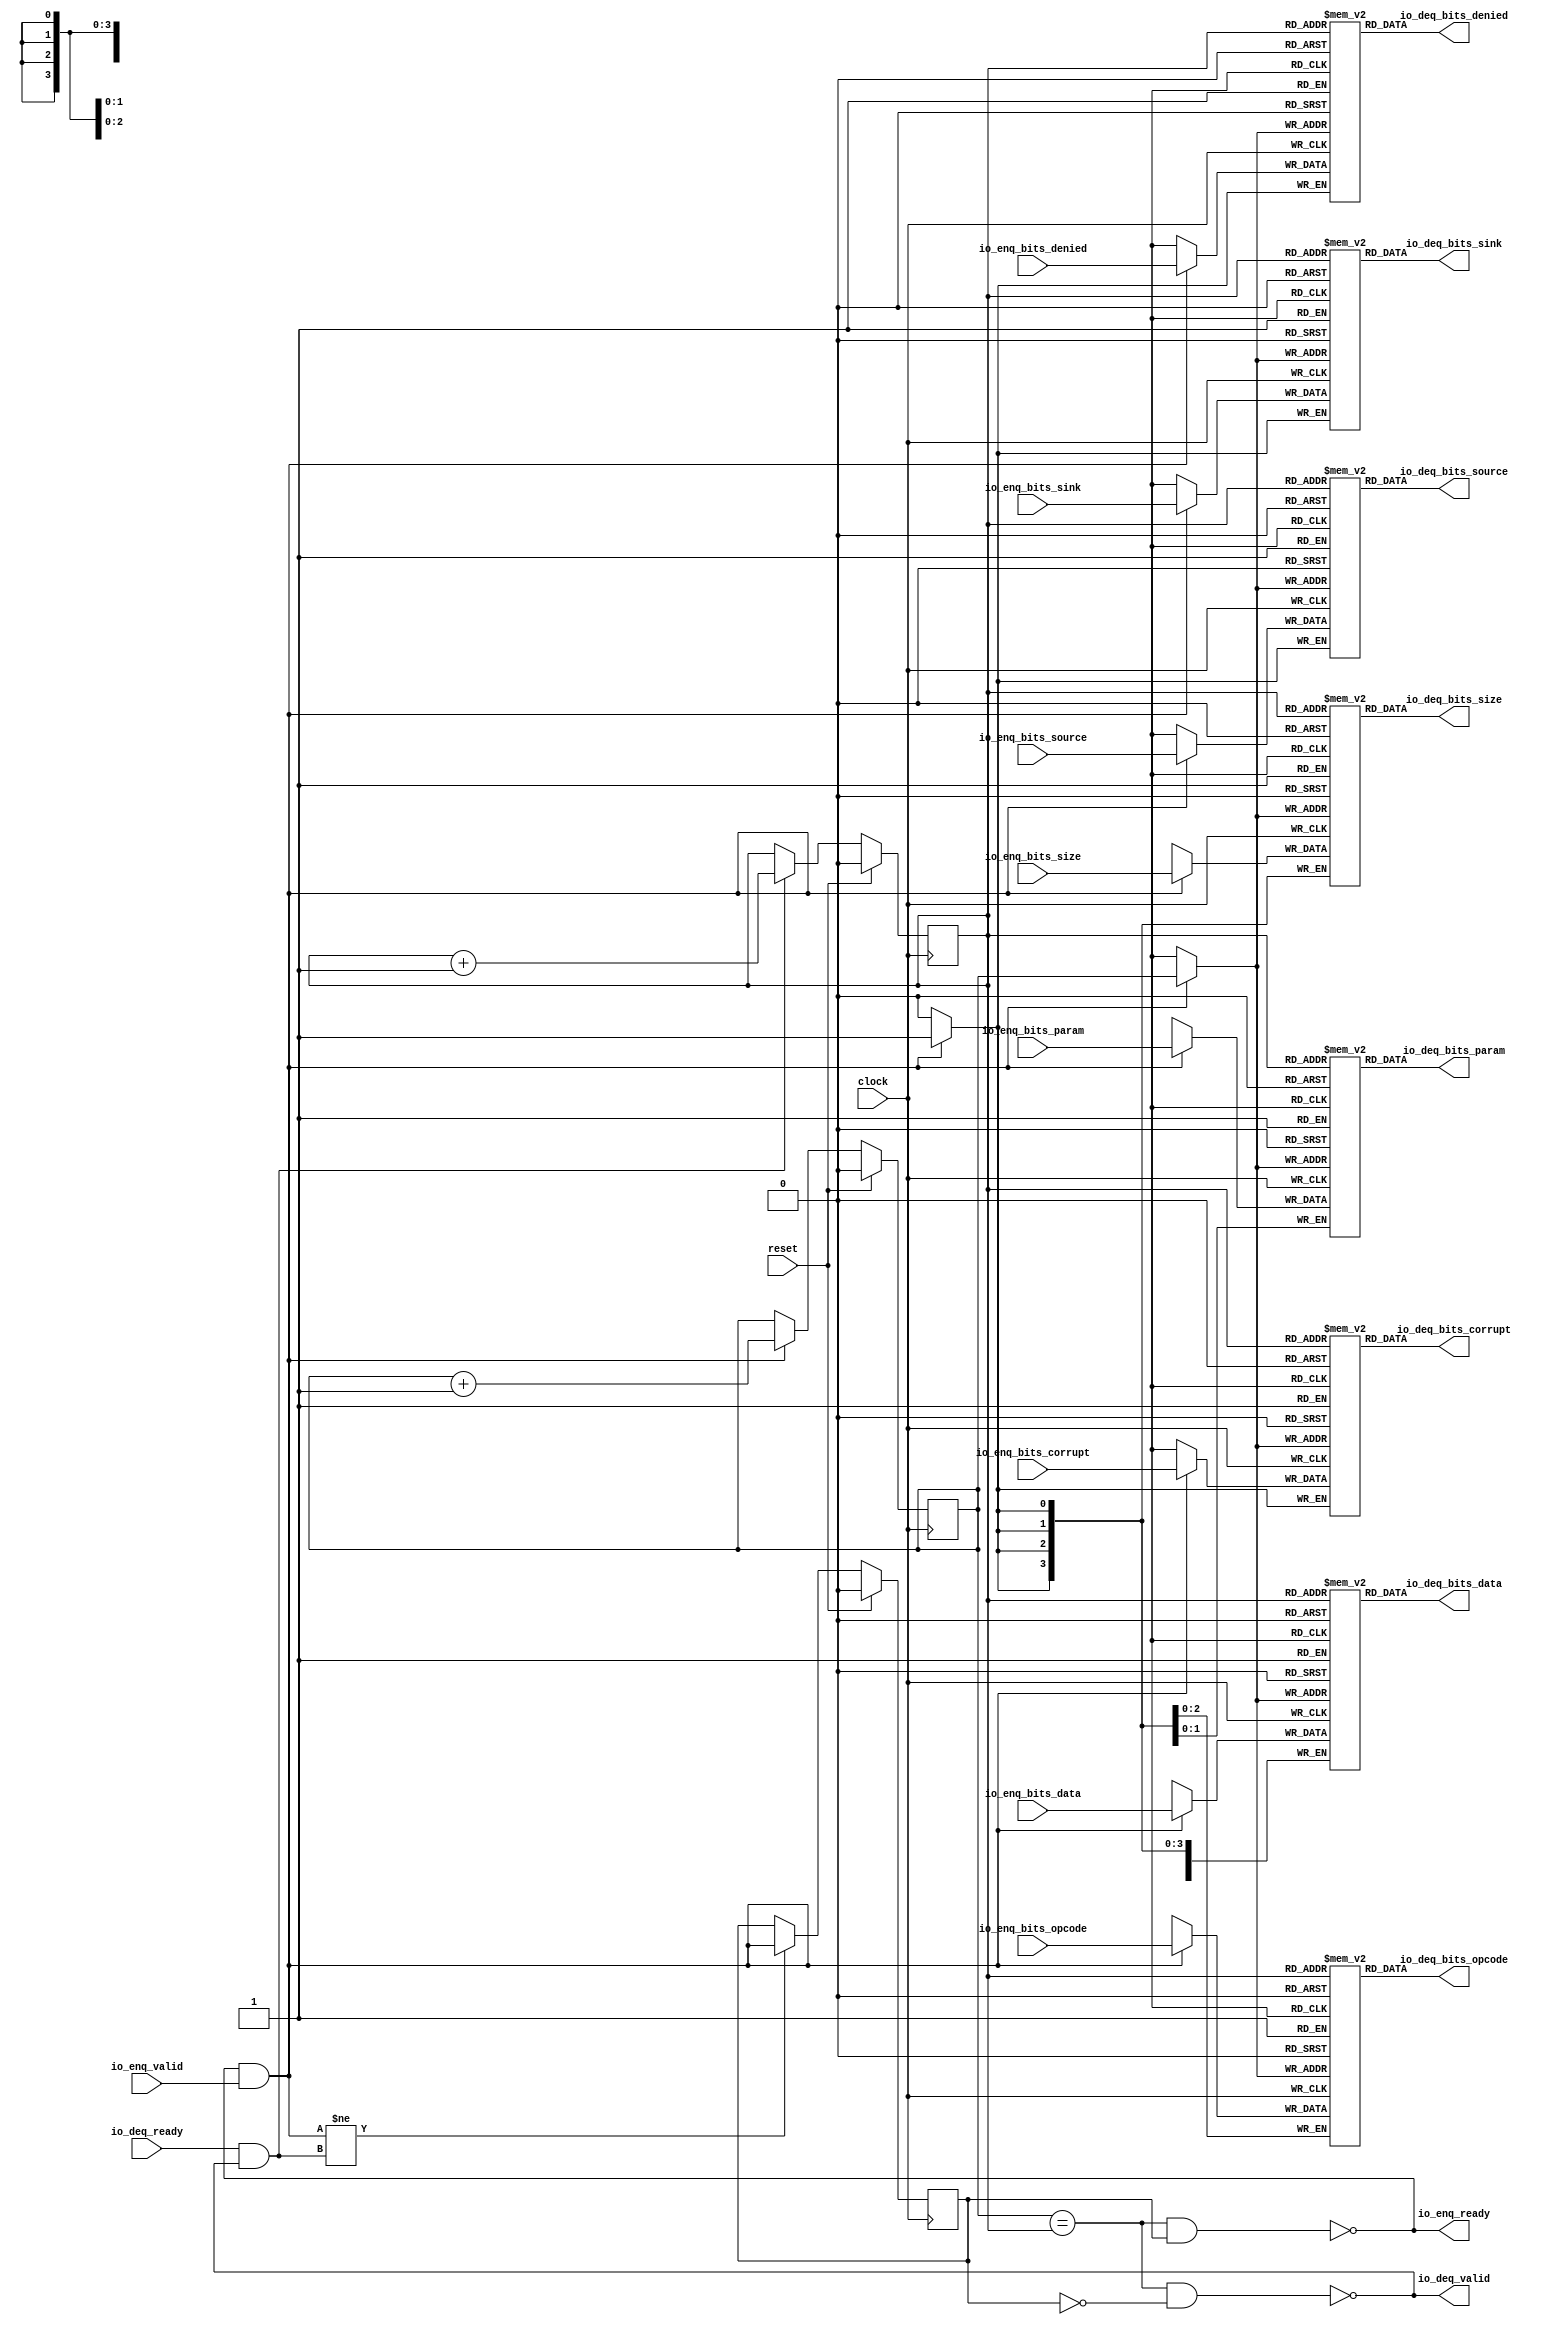
module Queue_39( // @[:freechips.rocketchip.system.TinyConfig.fir@114907.2]
  input         clock, // @[:freechips.rocketchip.system.TinyConfig.fir@114908.4]
  input         reset, // @[:freechips.rocketchip.system.TinyConfig.fir@114909.4]
  output        io_enq_ready, // @[:freechips.rocketchip.system.TinyConfig.fir@114910.4]
  input         io_enq_valid, // @[:freechips.rocketchip.system.TinyConfig.fir@114910.4]
  input  [2:0]  io_enq_bits_opcode, // @[:freechips.rocketchip.system.TinyConfig.fir@114910.4]
  input  [1:0]  io_enq_bits_param, // @[:freechips.rocketchip.system.TinyConfig.fir@114910.4]
  input  [3:0]  io_enq_bits_size, // @[:freechips.rocketchip.system.TinyConfig.fir@114910.4]
  input         io_enq_bits_source, // @[:freechips.rocketchip.system.TinyConfig.fir@114910.4]
  input         io_enq_bits_sink, // @[:freechips.rocketchip.system.TinyConfig.fir@114910.4]
  input         io_enq_bits_denied, // @[:freechips.rocketchip.system.TinyConfig.fir@114910.4]
  input  [31:0] io_enq_bits_data, // @[:freechips.rocketchip.system.TinyConfig.fir@114910.4]
  input         io_enq_bits_corrupt, // @[:freechips.rocketchip.system.TinyConfig.fir@114910.4]
  input         io_deq_ready, // @[:freechips.rocketchip.system.TinyConfig.fir@114910.4]
  output        io_deq_valid, // @[:freechips.rocketchip.system.TinyConfig.fir@114910.4]
  output [2:0]  io_deq_bits_opcode, // @[:freechips.rocketchip.system.TinyConfig.fir@114910.4]
  output [1:0]  io_deq_bits_param, // @[:freechips.rocketchip.system.TinyConfig.fir@114910.4]
  output [3:0]  io_deq_bits_size, // @[:freechips.rocketchip.system.TinyConfig.fir@114910.4]
  output        io_deq_bits_source, // @[:freechips.rocketchip.system.TinyConfig.fir@114910.4]
  output        io_deq_bits_sink, // @[:freechips.rocketchip.system.TinyConfig.fir@114910.4]
  output        io_deq_bits_denied, // @[:freechips.rocketchip.system.TinyConfig.fir@114910.4]
  output [31:0] io_deq_bits_data, // @[:freechips.rocketchip.system.TinyConfig.fir@114910.4]
  output        io_deq_bits_corrupt // @[:freechips.rocketchip.system.TinyConfig.fir@114910.4]
);
  reg [2:0] _T_opcode [0:1]; // @[Decoupled.scala 215:24:freechips.rocketchip.system.TinyConfig.fir@114912.4]
  reg [31:0] _RAND_0;
  wire [2:0] _T_opcode__T_18_data; // @[Decoupled.scala 215:24:freechips.rocketchip.system.TinyConfig.fir@114912.4]
  wire  _T_opcode__T_18_addr; // @[Decoupled.scala 215:24:freechips.rocketchip.system.TinyConfig.fir@114912.4]
  wire [2:0] _T_opcode__T_10_data; // @[Decoupled.scala 215:24:freechips.rocketchip.system.TinyConfig.fir@114912.4]
  wire  _T_opcode__T_10_addr; // @[Decoupled.scala 215:24:freechips.rocketchip.system.TinyConfig.fir@114912.4]
  wire  _T_opcode__T_10_mask; // @[Decoupled.scala 215:24:freechips.rocketchip.system.TinyConfig.fir@114912.4]
  wire  _T_opcode__T_10_en; // @[Decoupled.scala 215:24:freechips.rocketchip.system.TinyConfig.fir@114912.4]
  reg [1:0] _T_param [0:1]; // @[Decoupled.scala 215:24:freechips.rocketchip.system.TinyConfig.fir@114912.4]
  reg [31:0] _RAND_1;
  wire [1:0] _T_param__T_18_data; // @[Decoupled.scala 215:24:freechips.rocketchip.system.TinyConfig.fir@114912.4]
  wire  _T_param__T_18_addr; // @[Decoupled.scala 215:24:freechips.rocketchip.system.TinyConfig.fir@114912.4]
  wire [1:0] _T_param__T_10_data; // @[Decoupled.scala 215:24:freechips.rocketchip.system.TinyConfig.fir@114912.4]
  wire  _T_param__T_10_addr; // @[Decoupled.scala 215:24:freechips.rocketchip.system.TinyConfig.fir@114912.4]
  wire  _T_param__T_10_mask; // @[Decoupled.scala 215:24:freechips.rocketchip.system.TinyConfig.fir@114912.4]
  wire  _T_param__T_10_en; // @[Decoupled.scala 215:24:freechips.rocketchip.system.TinyConfig.fir@114912.4]
  reg [3:0] _T_size [0:1]; // @[Decoupled.scala 215:24:freechips.rocketchip.system.TinyConfig.fir@114912.4]
  reg [31:0] _RAND_2;
  wire [3:0] _T_size__T_18_data; // @[Decoupled.scala 215:24:freechips.rocketchip.system.TinyConfig.fir@114912.4]
  wire  _T_size__T_18_addr; // @[Decoupled.scala 215:24:freechips.rocketchip.system.TinyConfig.fir@114912.4]
  wire [3:0] _T_size__T_10_data; // @[Decoupled.scala 215:24:freechips.rocketchip.system.TinyConfig.fir@114912.4]
  wire  _T_size__T_10_addr; // @[Decoupled.scala 215:24:freechips.rocketchip.system.TinyConfig.fir@114912.4]
  wire  _T_size__T_10_mask; // @[Decoupled.scala 215:24:freechips.rocketchip.system.TinyConfig.fir@114912.4]
  wire  _T_size__T_10_en; // @[Decoupled.scala 215:24:freechips.rocketchip.system.TinyConfig.fir@114912.4]
  reg  _T_source [0:1]; // @[Decoupled.scala 215:24:freechips.rocketchip.system.TinyConfig.fir@114912.4]
  reg [31:0] _RAND_3;
  wire  _T_source__T_18_data; // @[Decoupled.scala 215:24:freechips.rocketchip.system.TinyConfig.fir@114912.4]
  wire  _T_source__T_18_addr; // @[Decoupled.scala 215:24:freechips.rocketchip.system.TinyConfig.fir@114912.4]
  wire  _T_source__T_10_data; // @[Decoupled.scala 215:24:freechips.rocketchip.system.TinyConfig.fir@114912.4]
  wire  _T_source__T_10_addr; // @[Decoupled.scala 215:24:freechips.rocketchip.system.TinyConfig.fir@114912.4]
  wire  _T_source__T_10_mask; // @[Decoupled.scala 215:24:freechips.rocketchip.system.TinyConfig.fir@114912.4]
  wire  _T_source__T_10_en; // @[Decoupled.scala 215:24:freechips.rocketchip.system.TinyConfig.fir@114912.4]
  reg  _T_sink [0:1]; // @[Decoupled.scala 215:24:freechips.rocketchip.system.TinyConfig.fir@114912.4]
  reg [31:0] _RAND_4;
  wire  _T_sink__T_18_data; // @[Decoupled.scala 215:24:freechips.rocketchip.system.TinyConfig.fir@114912.4]
  wire  _T_sink__T_18_addr; // @[Decoupled.scala 215:24:freechips.rocketchip.system.TinyConfig.fir@114912.4]
  wire  _T_sink__T_10_data; // @[Decoupled.scala 215:24:freechips.rocketchip.system.TinyConfig.fir@114912.4]
  wire  _T_sink__T_10_addr; // @[Decoupled.scala 215:24:freechips.rocketchip.system.TinyConfig.fir@114912.4]
  wire  _T_sink__T_10_mask; // @[Decoupled.scala 215:24:freechips.rocketchip.system.TinyConfig.fir@114912.4]
  wire  _T_sink__T_10_en; // @[Decoupled.scala 215:24:freechips.rocketchip.system.TinyConfig.fir@114912.4]
  reg  _T_denied [0:1]; // @[Decoupled.scala 215:24:freechips.rocketchip.system.TinyConfig.fir@114912.4]
  reg [31:0] _RAND_5;
  wire  _T_denied__T_18_data; // @[Decoupled.scala 215:24:freechips.rocketchip.system.TinyConfig.fir@114912.4]
  wire  _T_denied__T_18_addr; // @[Decoupled.scala 215:24:freechips.rocketchip.system.TinyConfig.fir@114912.4]
  wire  _T_denied__T_10_data; // @[Decoupled.scala 215:24:freechips.rocketchip.system.TinyConfig.fir@114912.4]
  wire  _T_denied__T_10_addr; // @[Decoupled.scala 215:24:freechips.rocketchip.system.TinyConfig.fir@114912.4]
  wire  _T_denied__T_10_mask; // @[Decoupled.scala 215:24:freechips.rocketchip.system.TinyConfig.fir@114912.4]
  wire  _T_denied__T_10_en; // @[Decoupled.scala 215:24:freechips.rocketchip.system.TinyConfig.fir@114912.4]
  reg [31:0] _T_data [0:1]; // @[Decoupled.scala 215:24:freechips.rocketchip.system.TinyConfig.fir@114912.4]
  reg [31:0] _RAND_6;
  wire [31:0] _T_data__T_18_data; // @[Decoupled.scala 215:24:freechips.rocketchip.system.TinyConfig.fir@114912.4]
  wire  _T_data__T_18_addr; // @[Decoupled.scala 215:24:freechips.rocketchip.system.TinyConfig.fir@114912.4]
  wire [31:0] _T_data__T_10_data; // @[Decoupled.scala 215:24:freechips.rocketchip.system.TinyConfig.fir@114912.4]
  wire  _T_data__T_10_addr; // @[Decoupled.scala 215:24:freechips.rocketchip.system.TinyConfig.fir@114912.4]
  wire  _T_data__T_10_mask; // @[Decoupled.scala 215:24:freechips.rocketchip.system.TinyConfig.fir@114912.4]
  wire  _T_data__T_10_en; // @[Decoupled.scala 215:24:freechips.rocketchip.system.TinyConfig.fir@114912.4]
  reg  _T_corrupt [0:1]; // @[Decoupled.scala 215:24:freechips.rocketchip.system.TinyConfig.fir@114912.4]
  reg [31:0] _RAND_7;
  wire  _T_corrupt__T_18_data; // @[Decoupled.scala 215:24:freechips.rocketchip.system.TinyConfig.fir@114912.4]
  wire  _T_corrupt__T_18_addr; // @[Decoupled.scala 215:24:freechips.rocketchip.system.TinyConfig.fir@114912.4]
  wire  _T_corrupt__T_10_data; // @[Decoupled.scala 215:24:freechips.rocketchip.system.TinyConfig.fir@114912.4]
  wire  _T_corrupt__T_10_addr; // @[Decoupled.scala 215:24:freechips.rocketchip.system.TinyConfig.fir@114912.4]
  wire  _T_corrupt__T_10_mask; // @[Decoupled.scala 215:24:freechips.rocketchip.system.TinyConfig.fir@114912.4]
  wire  _T_corrupt__T_10_en; // @[Decoupled.scala 215:24:freechips.rocketchip.system.TinyConfig.fir@114912.4]
  reg  value; // @[Counter.scala 26:33:freechips.rocketchip.system.TinyConfig.fir@114913.4]
  reg [31:0] _RAND_8;
  reg  value_1; // @[Counter.scala 26:33:freechips.rocketchip.system.TinyConfig.fir@114914.4]
  reg [31:0] _RAND_9;
  reg  _T_1; // @[Decoupled.scala 218:35:freechips.rocketchip.system.TinyConfig.fir@114915.4]
  reg [31:0] _RAND_10;
  wire  _T_2; // @[Decoupled.scala 220:41:freechips.rocketchip.system.TinyConfig.fir@114916.4]
  wire  _T_3; // @[Decoupled.scala 221:36:freechips.rocketchip.system.TinyConfig.fir@114917.4]
  wire  _T_4; // @[Decoupled.scala 221:33:freechips.rocketchip.system.TinyConfig.fir@114918.4]
  wire  _T_5; // @[Decoupled.scala 222:32:freechips.rocketchip.system.TinyConfig.fir@114919.4]
  wire  _T_6; // @[Decoupled.scala 37:37:freechips.rocketchip.system.TinyConfig.fir@114920.4]
  wire  _T_8; // @[Decoupled.scala 37:37:freechips.rocketchip.system.TinyConfig.fir@114923.4]
  wire  _T_12; // @[Counter.scala 35:22:freechips.rocketchip.system.TinyConfig.fir@114938.6]
  wire  _T_14; // @[Counter.scala 35:22:freechips.rocketchip.system.TinyConfig.fir@114944.6]
  wire  _T_15; // @[Decoupled.scala 233:16:freechips.rocketchip.system.TinyConfig.fir@114947.4]
  assign _T_opcode__T_18_addr = value_1;
  assign _T_opcode__T_18_data = _T_opcode[_T_opcode__T_18_addr]; // @[Decoupled.scala 215:24:freechips.rocketchip.system.TinyConfig.fir@114912.4]
  assign _T_opcode__T_10_data = io_enq_bits_opcode;
  assign _T_opcode__T_10_addr = value;
  assign _T_opcode__T_10_mask = 1'h1;
  assign _T_opcode__T_10_en = io_enq_ready & io_enq_valid;
  assign _T_param__T_18_addr = value_1;
  assign _T_param__T_18_data = _T_param[_T_param__T_18_addr]; // @[Decoupled.scala 215:24:freechips.rocketchip.system.TinyConfig.fir@114912.4]
  assign _T_param__T_10_data = io_enq_bits_param;
  assign _T_param__T_10_addr = value;
  assign _T_param__T_10_mask = 1'h1;
  assign _T_param__T_10_en = io_enq_ready & io_enq_valid;
  assign _T_size__T_18_addr = value_1;
  assign _T_size__T_18_data = _T_size[_T_size__T_18_addr]; // @[Decoupled.scala 215:24:freechips.rocketchip.system.TinyConfig.fir@114912.4]
  assign _T_size__T_10_data = io_enq_bits_size;
  assign _T_size__T_10_addr = value;
  assign _T_size__T_10_mask = 1'h1;
  assign _T_size__T_10_en = io_enq_ready & io_enq_valid;
  assign _T_source__T_18_addr = value_1;
  assign _T_source__T_18_data = _T_source[_T_source__T_18_addr]; // @[Decoupled.scala 215:24:freechips.rocketchip.system.TinyConfig.fir@114912.4]
  assign _T_source__T_10_data = io_enq_bits_source;
  assign _T_source__T_10_addr = value;
  assign _T_source__T_10_mask = 1'h1;
  assign _T_source__T_10_en = io_enq_ready & io_enq_valid;
  assign _T_sink__T_18_addr = value_1;
  assign _T_sink__T_18_data = _T_sink[_T_sink__T_18_addr]; // @[Decoupled.scala 215:24:freechips.rocketchip.system.TinyConfig.fir@114912.4]
  assign _T_sink__T_10_data = io_enq_bits_sink;
  assign _T_sink__T_10_addr = value;
  assign _T_sink__T_10_mask = 1'h1;
  assign _T_sink__T_10_en = io_enq_ready & io_enq_valid;
  assign _T_denied__T_18_addr = value_1;
  assign _T_denied__T_18_data = _T_denied[_T_denied__T_18_addr]; // @[Decoupled.scala 215:24:freechips.rocketchip.system.TinyConfig.fir@114912.4]
  assign _T_denied__T_10_data = io_enq_bits_denied;
  assign _T_denied__T_10_addr = value;
  assign _T_denied__T_10_mask = 1'h1;
  assign _T_denied__T_10_en = io_enq_ready & io_enq_valid;
  assign _T_data__T_18_addr = value_1;
  assign _T_data__T_18_data = _T_data[_T_data__T_18_addr]; // @[Decoupled.scala 215:24:freechips.rocketchip.system.TinyConfig.fir@114912.4]
  assign _T_data__T_10_data = io_enq_bits_data;
  assign _T_data__T_10_addr = value;
  assign _T_data__T_10_mask = 1'h1;
  assign _T_data__T_10_en = io_enq_ready & io_enq_valid;
  assign _T_corrupt__T_18_addr = value_1;
  assign _T_corrupt__T_18_data = _T_corrupt[_T_corrupt__T_18_addr]; // @[Decoupled.scala 215:24:freechips.rocketchip.system.TinyConfig.fir@114912.4]
  assign _T_corrupt__T_10_data = io_enq_bits_corrupt;
  assign _T_corrupt__T_10_addr = value;
  assign _T_corrupt__T_10_mask = 1'h1;
  assign _T_corrupt__T_10_en = io_enq_ready & io_enq_valid;
  assign _T_2 = value == value_1; // @[Decoupled.scala 220:41:freechips.rocketchip.system.TinyConfig.fir@114916.4]
  assign _T_3 = _T_1 == 1'h0; // @[Decoupled.scala 221:36:freechips.rocketchip.system.TinyConfig.fir@114917.4]
  assign _T_4 = _T_2 & _T_3; // @[Decoupled.scala 221:33:freechips.rocketchip.system.TinyConfig.fir@114918.4]
  assign _T_5 = _T_2 & _T_1; // @[Decoupled.scala 222:32:freechips.rocketchip.system.TinyConfig.fir@114919.4]
  assign _T_6 = io_enq_ready & io_enq_valid; // @[Decoupled.scala 37:37:freechips.rocketchip.system.TinyConfig.fir@114920.4]
  assign _T_8 = io_deq_ready & io_deq_valid; // @[Decoupled.scala 37:37:freechips.rocketchip.system.TinyConfig.fir@114923.4]
  assign _T_12 = value + 1'h1; // @[Counter.scala 35:22:freechips.rocketchip.system.TinyConfig.fir@114938.6]
  assign _T_14 = value_1 + 1'h1; // @[Counter.scala 35:22:freechips.rocketchip.system.TinyConfig.fir@114944.6]
  assign _T_15 = _T_6 != _T_8; // @[Decoupled.scala 233:16:freechips.rocketchip.system.TinyConfig.fir@114947.4]
  assign io_enq_ready = _T_5 == 1'h0; // @[Decoupled.scala 238:16:freechips.rocketchip.system.TinyConfig.fir@114954.4]
  assign io_deq_valid = _T_4 == 1'h0; // @[Decoupled.scala 237:16:freechips.rocketchip.system.TinyConfig.fir@114952.4]
  assign io_deq_bits_opcode = _T_opcode__T_18_data; // @[Decoupled.scala 239:15:freechips.rocketchip.system.TinyConfig.fir@114963.4]
  assign io_deq_bits_param = _T_param__T_18_data; // @[Decoupled.scala 239:15:freechips.rocketchip.system.TinyConfig.fir@114962.4]
  assign io_deq_bits_size = _T_size__T_18_data; // @[Decoupled.scala 239:15:freechips.rocketchip.system.TinyConfig.fir@114961.4]
  assign io_deq_bits_source = _T_source__T_18_data; // @[Decoupled.scala 239:15:freechips.rocketchip.system.TinyConfig.fir@114960.4]
  assign io_deq_bits_sink = _T_sink__T_18_data; // @[Decoupled.scala 239:15:freechips.rocketchip.system.TinyConfig.fir@114959.4]
  assign io_deq_bits_denied = _T_denied__T_18_data; // @[Decoupled.scala 239:15:freechips.rocketchip.system.TinyConfig.fir@114958.4]
  assign io_deq_bits_data = _T_data__T_18_data; // @[Decoupled.scala 239:15:freechips.rocketchip.system.TinyConfig.fir@114957.4]
  assign io_deq_bits_corrupt = _T_corrupt__T_18_data; // @[Decoupled.scala 239:15:freechips.rocketchip.system.TinyConfig.fir@114956.4]
`ifdef RANDOMIZE_GARBAGE_ASSIGN
`define RANDOMIZE
`endif
`ifdef RANDOMIZE_INVALID_ASSIGN
`define RANDOMIZE
`endif
`ifdef RANDOMIZE_REG_INIT
`define RANDOMIZE
`endif
`ifdef RANDOMIZE_MEM_INIT
`define RANDOMIZE
`endif
`ifndef RANDOM
`define RANDOM $random
`endif
`ifdef RANDOMIZE_MEM_INIT
  integer initvar;
`endif
initial begin
  `ifdef RANDOMIZE
    `ifdef INIT_RANDOM
      `INIT_RANDOM
    `endif
    `ifndef VERILATOR
      `ifdef RANDOMIZE_DELAY
        #`RANDOMIZE_DELAY begin end
      `else
        #0.002 begin end
      `endif
    `endif
  _RAND_0 = {1{`RANDOM}};
  `ifdef RANDOMIZE_MEM_INIT
  for (initvar = 0; initvar < 2; initvar = initvar+1)
    _T_opcode[initvar] = _RAND_0[2:0];
  `endif // RANDOMIZE_MEM_INIT
  _RAND_1 = {1{`RANDOM}};
  `ifdef RANDOMIZE_MEM_INIT
  for (initvar = 0; initvar < 2; initvar = initvar+1)
    _T_param[initvar] = _RAND_1[1:0];
  `endif // RANDOMIZE_MEM_INIT
  _RAND_2 = {1{`RANDOM}};
  `ifdef RANDOMIZE_MEM_INIT
  for (initvar = 0; initvar < 2; initvar = initvar+1)
    _T_size[initvar] = _RAND_2[3:0];
  `endif // RANDOMIZE_MEM_INIT
  _RAND_3 = {1{`RANDOM}};
  `ifdef RANDOMIZE_MEM_INIT
  for (initvar = 0; initvar < 2; initvar = initvar+1)
    _T_source[initvar] = _RAND_3[0:0];
  `endif // RANDOMIZE_MEM_INIT
  _RAND_4 = {1{`RANDOM}};
  `ifdef RANDOMIZE_MEM_INIT
  for (initvar = 0; initvar < 2; initvar = initvar+1)
    _T_sink[initvar] = _RAND_4[0:0];
  `endif // RANDOMIZE_MEM_INIT
  _RAND_5 = {1{`RANDOM}};
  `ifdef RANDOMIZE_MEM_INIT
  for (initvar = 0; initvar < 2; initvar = initvar+1)
    _T_denied[initvar] = _RAND_5[0:0];
  `endif // RANDOMIZE_MEM_INIT
  _RAND_6 = {1{`RANDOM}};
  `ifdef RANDOMIZE_MEM_INIT
  for (initvar = 0; initvar < 2; initvar = initvar+1)
    _T_data[initvar] = _RAND_6[31:0];
  `endif // RANDOMIZE_MEM_INIT
  _RAND_7 = {1{`RANDOM}};
  `ifdef RANDOMIZE_MEM_INIT
  for (initvar = 0; initvar < 2; initvar = initvar+1)
    _T_corrupt[initvar] = _RAND_7[0:0];
  `endif // RANDOMIZE_MEM_INIT
  `ifdef RANDOMIZE_REG_INIT
  _RAND_8 = {1{`RANDOM}};
  value = _RAND_8[0:0];
  `endif // RANDOMIZE_REG_INIT
  `ifdef RANDOMIZE_REG_INIT
  _RAND_9 = {1{`RANDOM}};
  value_1 = _RAND_9[0:0];
  `endif // RANDOMIZE_REG_INIT
  `ifdef RANDOMIZE_REG_INIT
  _RAND_10 = {1{`RANDOM}};
  _T_1 = _RAND_10[0:0];
  `endif // RANDOMIZE_REG_INIT
  `endif // RANDOMIZE
end
  always @(posedge clock) begin
    if(_T_opcode__T_10_en & _T_opcode__T_10_mask) begin
      _T_opcode[_T_opcode__T_10_addr] <= _T_opcode__T_10_data; // @[Decoupled.scala 215:24:freechips.rocketchip.system.TinyConfig.fir@114912.4]
    end
    if(_T_param__T_10_en & _T_param__T_10_mask) begin
      _T_param[_T_param__T_10_addr] <= _T_param__T_10_data; // @[Decoupled.scala 215:24:freechips.rocketchip.system.TinyConfig.fir@114912.4]
    end
    if(_T_size__T_10_en & _T_size__T_10_mask) begin
      _T_size[_T_size__T_10_addr] <= _T_size__T_10_data; // @[Decoupled.scala 215:24:freechips.rocketchip.system.TinyConfig.fir@114912.4]
    end
    if(_T_source__T_10_en & _T_source__T_10_mask) begin
      _T_source[_T_source__T_10_addr] <= _T_source__T_10_data; // @[Decoupled.scala 215:24:freechips.rocketchip.system.TinyConfig.fir@114912.4]
    end
    if(_T_sink__T_10_en & _T_sink__T_10_mask) begin
      _T_sink[_T_sink__T_10_addr] <= _T_sink__T_10_data; // @[Decoupled.scala 215:24:freechips.rocketchip.system.TinyConfig.fir@114912.4]
    end
    if(_T_denied__T_10_en & _T_denied__T_10_mask) begin
      _T_denied[_T_denied__T_10_addr] <= _T_denied__T_10_data; // @[Decoupled.scala 215:24:freechips.rocketchip.system.TinyConfig.fir@114912.4]
    end
    if(_T_data__T_10_en & _T_data__T_10_mask) begin
      _T_data[_T_data__T_10_addr] <= _T_data__T_10_data; // @[Decoupled.scala 215:24:freechips.rocketchip.system.TinyConfig.fir@114912.4]
    end
    if(_T_corrupt__T_10_en & _T_corrupt__T_10_mask) begin
      _T_corrupt[_T_corrupt__T_10_addr] <= _T_corrupt__T_10_data; // @[Decoupled.scala 215:24:freechips.rocketchip.system.TinyConfig.fir@114912.4]
    end
    if (reset) begin
      value <= 1'h0;
    end else begin
      if (_T_6) begin
        value <= _T_12;
      end
    end
    if (reset) begin
      value_1 <= 1'h0;
    end else begin
      if (_T_8) begin
        value_1 <= _T_14;
      end
    end
    if (reset) begin
      _T_1 <= 1'h0;
    end else begin
      if (_T_15) begin
        _T_1 <= _T_6;
      end
    end
  end
endmodule